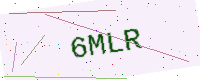
Text: 6MLR